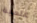
علمية